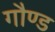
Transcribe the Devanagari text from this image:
गौण्ड